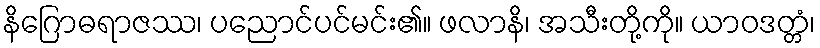
နိဂြောဓရာဇဿ၊ ပညောင်ပင်မင်း၏။ ဖလာနိ၊ အသီးတို့ကို။ ယာဝဒတ္တံ၊